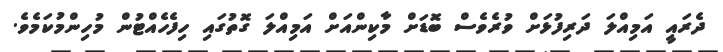
ދެރައީ އަމިއްލަ ދަރިފުޅަށް ވުރެވެސް ބޮޑަށް މާކިންއަށް އަމިއްލަ ގޮތުގައި ހިފެހެއްޓުން މުހިންމުކަމެވެ.